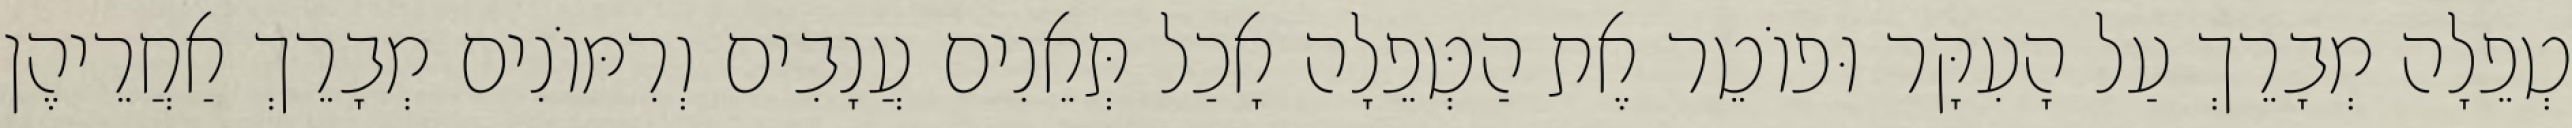
טְפֵלָה מְבָרֵךְ עַל הָעִקָּר וּפוֹטֵר אֶת הַטְּפֵלָה אָכַל תְּאֵנִים עֲנָבִים וְרִמּוֹנִים מְבָרֵךְ אַחֲרֵיהֶן